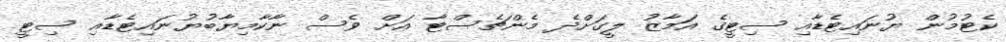
ކެޓުމުން ޔުނައިޓެޑާއި ސިޓީގެ އަމާޒު ލީގަށްދެ މެންޗެސްޓާ އަށް ވެސް ނާކާމިޔާބުޔުނައިޓެޑާއި ސިޓީ